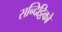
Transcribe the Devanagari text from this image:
सन्दिट्ठिको